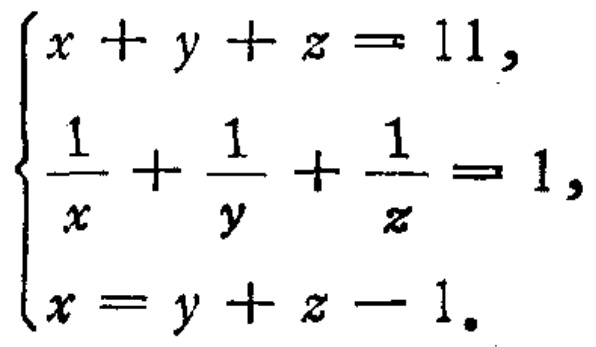
\[\begin{cases}
x + y + z = 11,\\
\frac{1}{x}+\frac{1}{y}+\frac{1}{z}=1,\\
x = y + z - 1.
\end{cases}\]